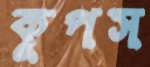
কূপস